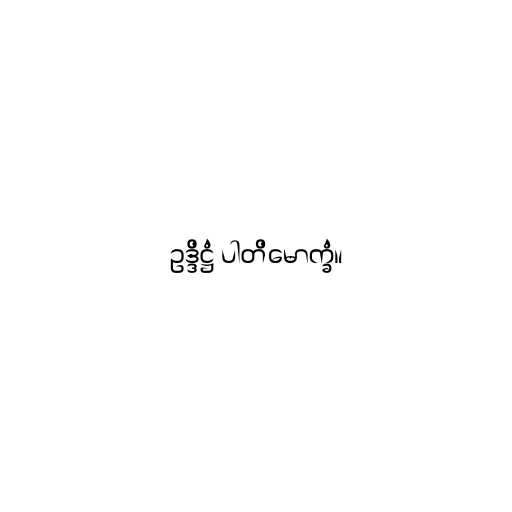
ဥဒ္ဒိဋ္ဌံ ပါတိမောက္ခံ။